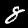
Digit: 8